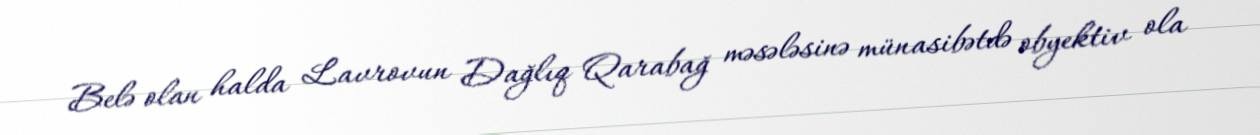
Belə olan halda Lavrovun Dağlıq Qarabağ məsələsinə münasibətdə obyektiv ola